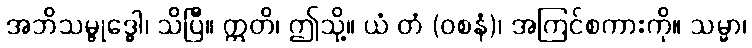
အဘိသမ္ဗုဒ္ဓေါ၊ သိပြီ။ ဣတိ၊ ဤသို့။ ယံ တံ (ဝစနံ)၊ အကြင်စကားကို။ သမ္မာ၊